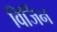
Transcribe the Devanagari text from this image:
विर्जिन